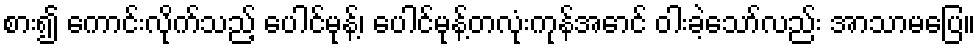
စား၍ ကောင်းလိုက်သည့် ပေါင်မုန့်၊ ပေါင်မုန့်တလုံးကုန်အောင် ဝါးခဲ့သော်လည်း အာသာမပြေ။